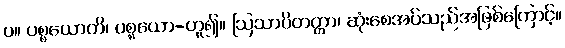
ပ။ ပစ္စယောတိ၊ ပစ္စယော-ဟူ၍။ ဩသာပိတတ္တာ၊ ဆုံးစေအပ်သည်အဖြစ်ကြောင့်။